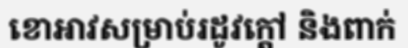
ខោអាវសម្រាប់រដូវក្តៅ និងពាក់